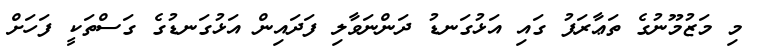
މި މަޒުމޫނުގެ ތަޢާރަފު ގައި އަޅުގަނޑު ދަންނަވާލި ފަދައިން އަޅުގަނޑުގެ ގަސްތަކީ ފަހަށް